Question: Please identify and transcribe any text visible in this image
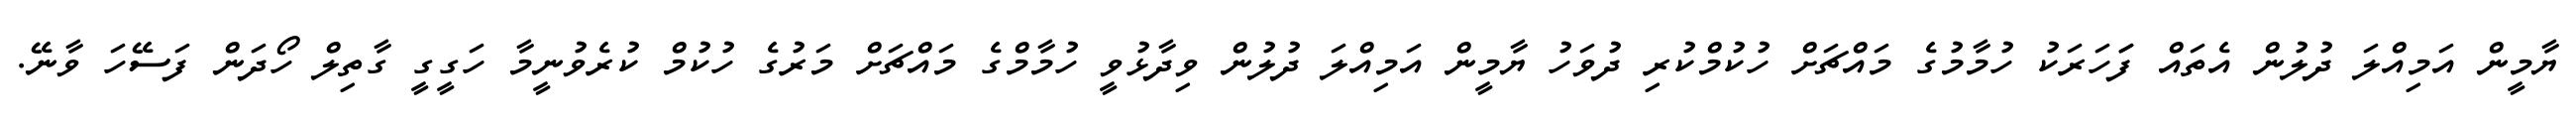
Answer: ޔާމީން އަމިއްލަ ދުލުން އެތައް ފަަހަރަކު ހުމާމުގެ މައްޗަށް ހުކުމްކުރި ދުވަހު ޔާމީން އަމިއްލަ ދުލުން ވިދާޅުވީ ހުމާމްގެ މައްޗަށް މަރުގެ ހުކުމް ކުރެވުނީމާ ހަގީގީ ގާތިލް ހޯދަން ފަސޭހަ ވާނޭ.